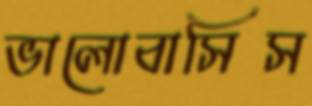
ভালোবাসিস